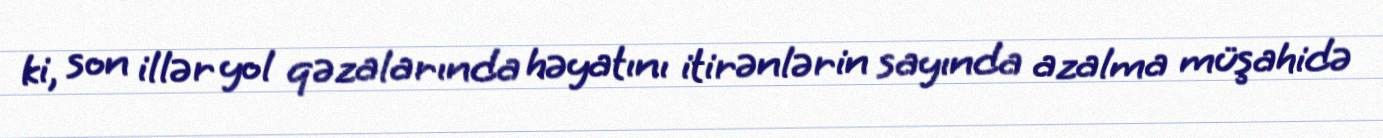
ki, son illər yol qəzalarında həyatını itirənlərin sayında azalma müşahidə